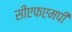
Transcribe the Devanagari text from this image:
सीएफएमपी